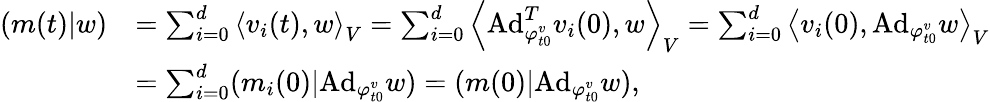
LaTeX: \begin{array}{rl}{(m(t)|w)}&{=\sum_{i=0}^{d}\left\langle v_{i}(t),w\right\rangle_{V}=\sum_{i=0}^{d}\left\langle\mathrm{Ad}_{\varphi_{t0}^{v}}^{T}v_{i}(0),w\right\rangle_{V}=\sum_{i=0}^{d}\left\langle v_{i}(0),\mathrm{Ad}_{\varphi_{t0}^{v}}w\right\rangle_{V}}\\ &{=\sum_{i=0}^{d}(m_{i}(0)|\mathrm{Ad}_{\varphi_{t0}^{v}}w)=(m(0)|\mathrm{Ad}_{\varphi_{t0}^{v}}w),}\end{array}